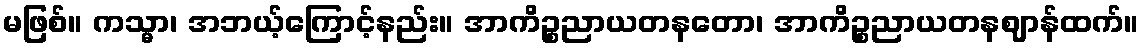
မဖြစ်။ ကသ္မာ၊ အဘယ့်ကြောင့်နည်း။ အာကိဉ္စညာယတနတော၊ အာကိဉ္စညာယတနဈာန်ထက်။